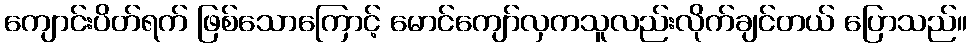
ကျောင်းပိတ်ရက် ဖြစ်သောကြောင့် မောင်ကျော်လှကသူလည်းလိုက်ချင်တယ် ပြောသည်။